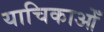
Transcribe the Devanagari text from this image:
याचिकाओँ